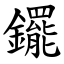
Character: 䥯